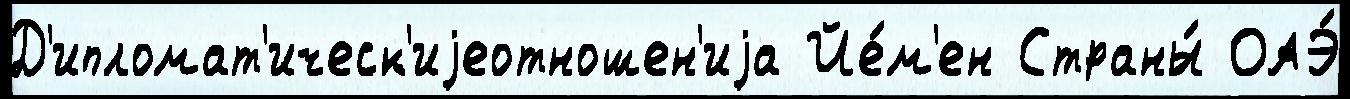
Д'ипломат'ическ'иjеотношен'иjа Йе́м'ен Страны́ ОАЭ́